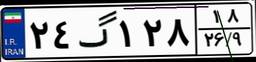
۲۴گ۱۲۸۱۸